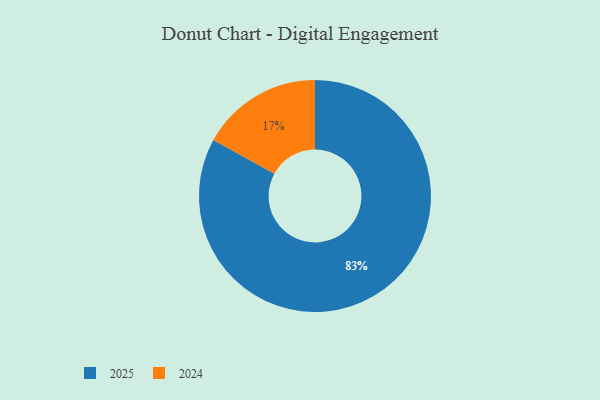
{"axis": {"x": "Category", "y": "Percentage"}, "legend": ["2024", "2025"], "data": [{"x": "2024", "y": 17, "type": "2024"}, {"x": "2025", "y": 83, "type": "2025"}]}